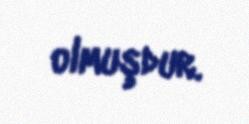
olmuşdur.